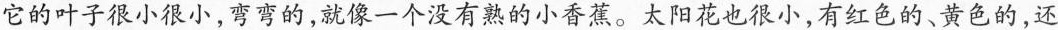
它的叶子很小很小，弯弯的，就像一个没有熟的小香蕉。太阳花也很小，有红色的、黄色的，还